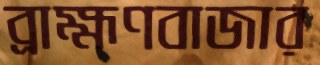
ব্রাহ্মণবাজার